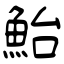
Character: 鮐